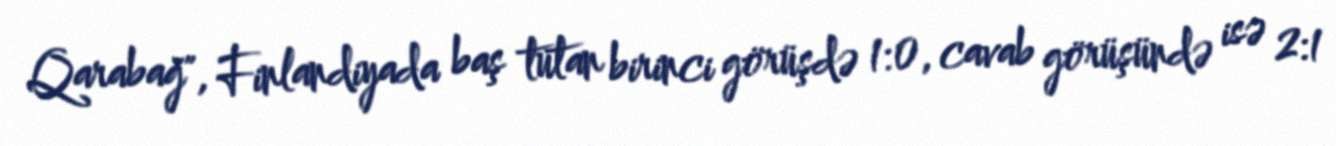
Qarabağ", Finlandiyada baş tutan birinci görüşdə 1:0, cavab görüşündə isə 2:1